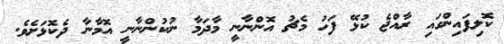
ކޮލިފައިންގައި ރާއްޖެ ކުޅޭ ފަހު މެޗު އޮންނާނީ މާދަމާ ނުކުންނާނީ އޮމާނާ ދެކޮޅަށެވެ.